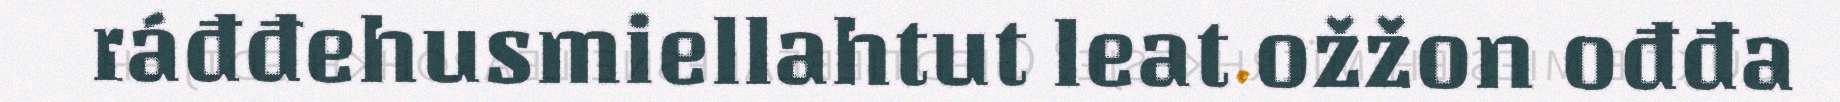
ráđđehusmiellahtut leat ožžon ođđa